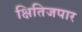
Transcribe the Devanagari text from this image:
क्षितिजपार